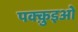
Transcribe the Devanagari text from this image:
पक्क़ुइओ